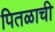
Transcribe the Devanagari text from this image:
पितळाची